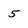
Character: 5